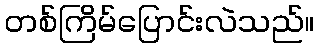
တစ်ကြိမ်ပြောင်းလဲသည်။